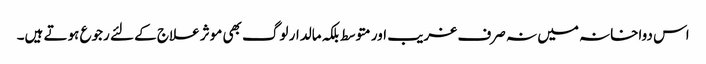
اس دواخانہ میں نہ صرف غریب اور متوسط بلکہ مالدار لوگ بھی موثر علاج کے لئے رجوع ہوتے ہیں۔